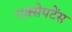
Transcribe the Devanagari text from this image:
एक्सेपटेंस